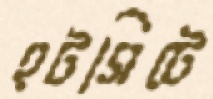
হটসিটে